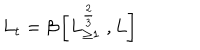
LaTeX: L _ { t } = \beta \left[ L _ { \geq 1 } ^ { \frac { 2 } { 3 } } \; , L \right]